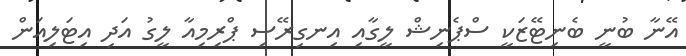
އޭނާ ބުނީ ބެނިޓޭޒަކީ ސްޕެނިޝް ލީގާއި އިނގިރޭސި ޕްރިމިއާ ލީގު އަދި އިޓަލިއަން